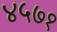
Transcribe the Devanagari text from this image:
४५७१